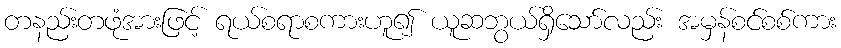
တနည်းတဖုံအားဖြင့် ရယ်စရာစကားဟူ၍ ယူဆဘွယ်ရှိသော်လည်း အမှန်စင်စစ်ကား